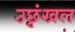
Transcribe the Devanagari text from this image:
उछृंखल